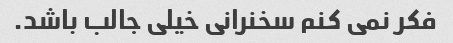
فکر نمی کنم سخنرانی خیلی جالب باشد.